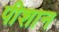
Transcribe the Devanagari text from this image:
पीशान